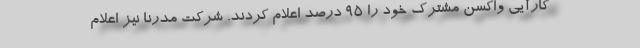
کارآیی واکسن مشترک خود را ۹۵ درصد اعلام کردند. شرکت مدرنا نیز اعلام